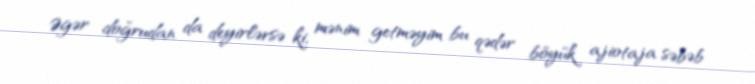
Əgər doğrudan da deyirlərsə ki, mənim getməyim bu qədər böyük ajiotaja səbəb